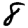
Digit: 8